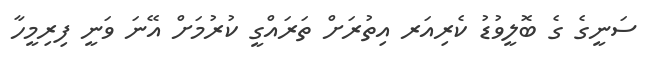
ސަނީގެ ގެ ބޮލީވުޑު ކެރިއަރ އިތުރަށް ތަރައްގީ ކުރުމަށް އޭނަ ވަނީ ފިރިމީހާ